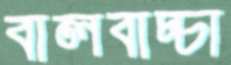
বালবাচ্চা